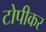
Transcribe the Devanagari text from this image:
टोपीकर